Civil Veterinary Dept. Bombay admin report 1893-99 - 1893-1899
Year: 1893
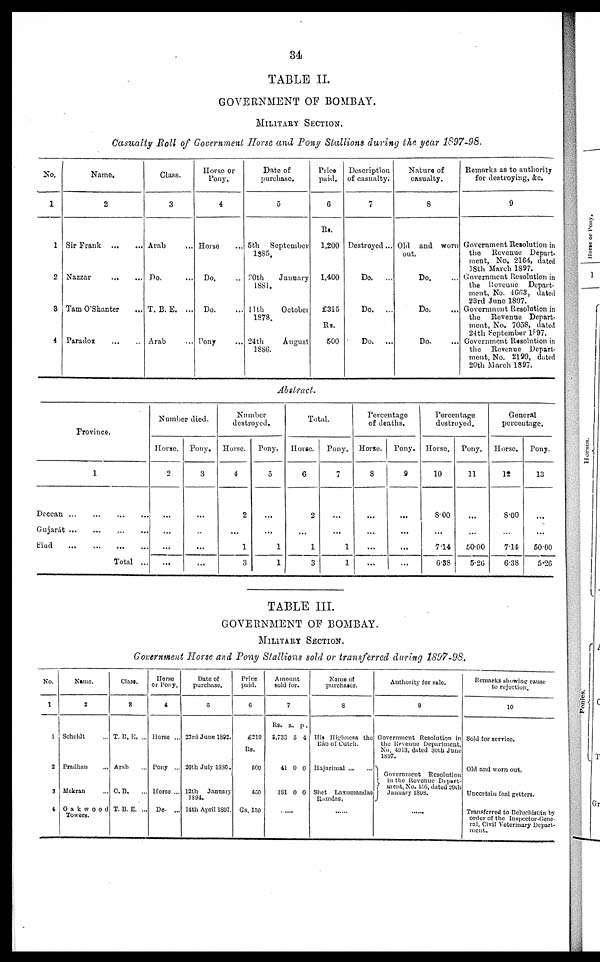
34
TABLE II.
GOVERNMENT OF BOMBAY.
MILITARY SECTION.
Casualty Roll of Government Horse and Pony Stallions during the year 1897-98.
No.
1
1
2
3
4
Name.
2
Sir Frank
Nazzar
Tam O'Shanter ...
Paradox
Class.
3
Arab ...
Do. ...
T. B. E. ...
Arab ...
Horse or
Pony.
4
Horse ...
Do. ...
Do. ...
Pony...
Date of
purchase.
5
5th September
1885.
20th
January
1881.
11th
October
1878.
24th
August
1886.
Price
paid.
6
Rs.
1,200
1,400
£315
Rs.
500
Description
of casualty.
7
Destroyed ...
Do.
...
Do.
...
Do.
...
Nature of
casualty.
8
Old and worn
out.
Do. ...
Do. ..
Do. ...
Remarks as to authority
for destroying, &c.
9
Government Resolution in
the Revenue Depart-
ment, No. 2164, dated
18th March 1897.
Government Resolution in
the Revenue Depart-
ment, No. 4663, dated
23rd June 1897.
Government Resolution in
the Revenue Depart-
ment, No. 7058, dated
24th September 1897.
Government Resolution in
the Revenue Depart-
ment, No. 2199, dated
20th March 1897.
Abstract.
Province.
1
Deccan
...
...
...
...
Gujarát
...
...
...
...
Sind
...
...
...
...
Total ...
Number died.
Horse.
2
...
...
...
...
Pony.
3
...
...
...
...
Number
destroyed.
Horse.
4
2
...
1
3
Pony.
5
...
...
1
1
Total.
Horse.
6
2
...
1
3
Pony.
7
...
...
1
1
Percentage
of deaths.
Horse.
8
...
...
...
...
Pony.
9
...
...
...
...
Percentage
destroyed.
Horse.
10
8.00
...
7.14
6.38
Pony.
11
...
...
50.00
5.26
General
percentage.
Horse.
12
8.00
...
714
6.38
Pony.
13
...
...
50.00
5.26
TABLE III.
GOVERNMENT OF BOMBAY.
MILITARY SECTION.
Government Horse and Pony Stallions sold or transferred during 1897-98.
No.
1
1
2
3
4
Name.
2
Scheldt ...
Pradhan ...
Mekran ...
Oakwood
Towers.
Class.
3
T. B. E. ...
Arab ....
C.B. ...
T. B. E. ...
Horse
or Pony.
4
Horse ...
Pony ...
Horse ...
Do. ...
Date of
purchase.
5
23rd June 1892.
26th July 1886.
12th January
1894.
14th April 1897.
Price
paid.
6
£210
Rs.
600
450
Rs. 150
Amount
sold for.
7
Rs.
3,733
41
181
a.
5
0
0
p.
4
0
0
......
Name of
purchaser.
8
His Highness the
Ráo of Cutch.
Hajarimal
Shet Laxumandas
Ramdas.
......
Authority for sale.
9
Government Resolution in
the Revenue Department,
No. 4013, dated 30th Juno
1897.
Government Resolution
in the Revenue Depart-
ment,
No. 456, dated 20th
January 1898.
Remarks showing cause
to rejection.
10
Sold for service.
Old and worn out.
Uncertain foal getters.
Transferred to Beluchistán by
order of the Inspector-Gene-
ral, Civil Veterinary Depart-
ment.